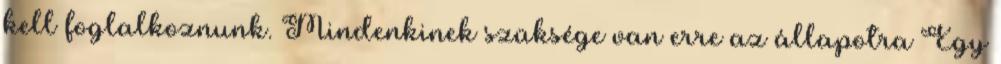
kell foglalkoznunk. Mindenkinek szüksége van erre az állapotra Egy